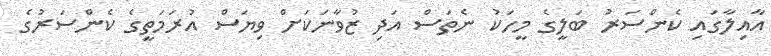
އާއިލާގައި ކެންސަރު ބަލީގެ މީހަކު ނެތަސް އަދި ޒުވާނަކަށް ވިޔަސް އުރަމަތީގެ ކެންސަރުގެ